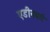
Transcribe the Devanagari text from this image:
एडीनबर्ग